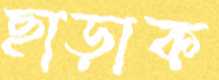
ছাড়াক